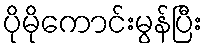
ပိုမိုကောင်းမွန်ပြီး